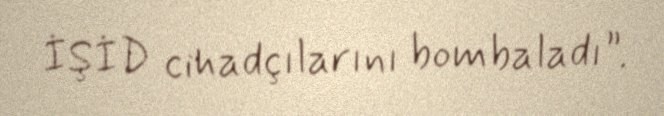
İŞİD cihadçılarını bombaladı”.